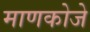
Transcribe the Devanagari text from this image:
माणकोजे